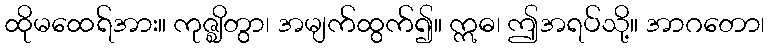
ထိုမထေရ်အား။ ကုဇ္ဈိတွာ၊ အမျက်ထွက်၍။ ဣဓ၊ ဤအရပ်သို့။ အာဂတော၊